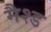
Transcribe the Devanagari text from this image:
मैश्ड